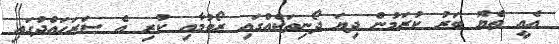
އެއީ ތެޔޮ ބަރު ކުރަމުން ދިޔަ ދޯނިތަކެއްގައި ރޯވުމާއި ކުރި އެ ސަރަހައްދުގައި